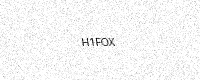
Text: H1FOX